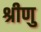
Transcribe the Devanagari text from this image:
श्रीणु